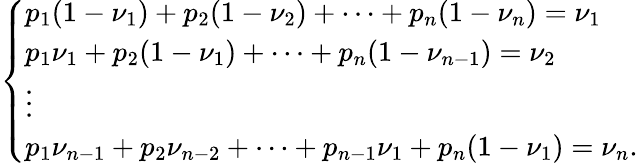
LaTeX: \left\{ \begin{array}{ll}{p_{1}(1-\nu_{1})+p_{2}(1-\nu_{2})+\dots+p_{n}(1-\nu_{n})=\nu_{1}}\\ {p_{1}\nu_{1}+p_{2}(1-\nu_{1})+\dots+p_{n}(1-\nu_{n-1})=\nu_{2}}\\ {\vdots}\\ {p_{1}\nu_{n-1}+p_{2}\nu_{n-2}+\dots+p_{n-1}\nu_{1}+p_{n}(1-\nu_{1})=\nu_{n}.}\end{array}\right.